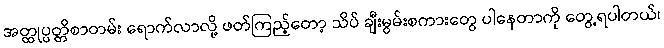
အတ္ထုပ္ပတ္တိစာတမ်း ရောက်လာလို့ ဖတ်ကြည့်တော့ သိပ် ချီးမွမ်းစကားတွေ ပါနေတာကို တွေ့ရပါတယ်၊